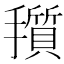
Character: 𪮽